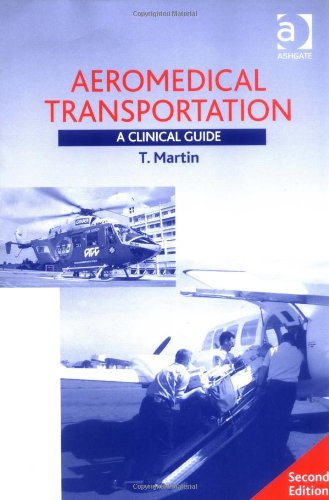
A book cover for Aeromedical Transportation: A Clinical Guide; Terence Martin; Medical Books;